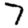
Digit: 7